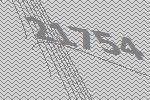
21754